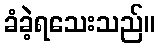
ခံခဲ့ရသေးသည်။